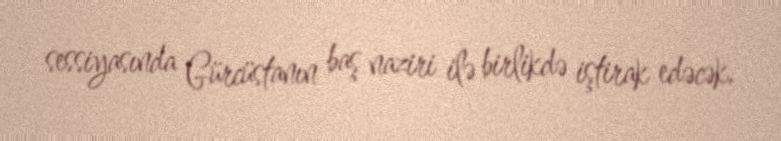
sessiyasında Gürcüstanın baş naziri ilə birlikdə iştirak edəcək.